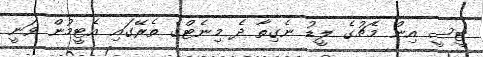
ޓީސީ އިން މެޗުގެ ލީޑު ނެގިތާ ދެ މިނެޓްގެ ތެރޭގައި އެޓީމުން ވަނީ